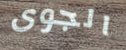
الجوى